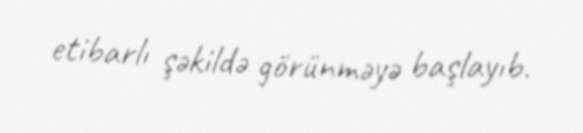
etibarlı şəkildə görünməyə başlayıb.